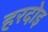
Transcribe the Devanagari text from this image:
हरदोइ